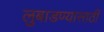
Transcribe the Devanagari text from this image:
लुबाडण्यासाठी